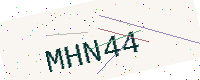
Text: MHN44